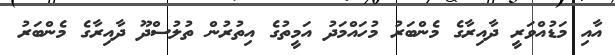
އާއި މަޑުއްވަރީ ދާއިރާގެ މެންބަރު މުހައްމަދު އަމީތުގެ އިތުރުން ތުލުސްދޫ ދާއިރާގެ މެންބަރު